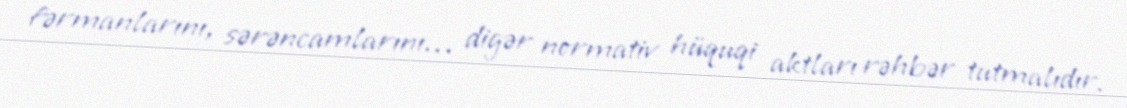
fərmanlarını, sərəncamlarını… digər normativ hüquqi aktları rəhbər tutmalıdır.